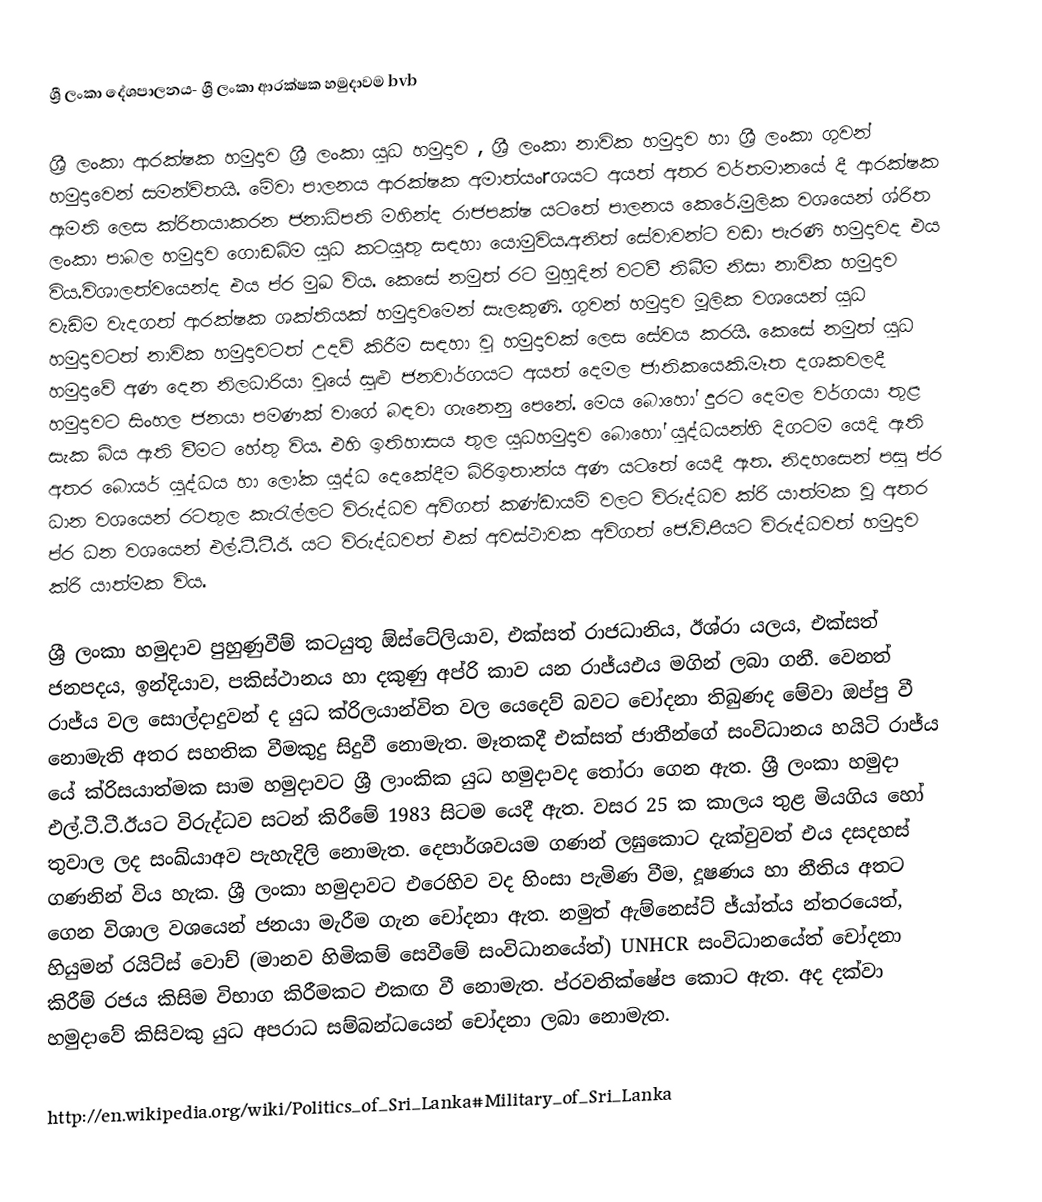
ශ්‍රී ලංකා දේශපාලනය- ශ්‍රී ලංකා ආරක්ෂක හමුදාවම bvb

ශ්‍රී ලංකා ආරක්ෂක හමුදාව ශ්‍රී ලංකා යුධ හමුදාව , ශ්‍රී ලංකා නාවික හමුදාව හා ශ්‍රී  ලංකා ගුවන් හමුදාවෙන් සමන්විතයි. මේවා පාලනය ආරක්ෂක අමාත්යංrශයට අයත් අතර වර්තමානයේ දී ආරක්ෂක ඇමති ලෙස ක්රිතයාකරන ජනාධිපති මහින්ද රාජපක්ෂ යටතේ පාලනය කෙරේ.මුලික වශයෙන් ශ්රිත ලංකා පාබල හමුදාව ගොඩබිම යුධ කටයුතු සඳහා යොමුවිය.අනිත් සේවාවන්ට වඩා පැරණි හමුදාවද එය විය.විශාලත්වයෙන්ද එය ප්ර මුඛ විය. කෙසේ නමුත් රට මුහුදින් වටවී තිබීම නිසා නාවික හමුදාව වැඩිම වැදගත් ආරක්ෂක ශක්තියක් හමුදාවමෙන්  සැලකුණි. ගුවන් හමුදාව මූලික වශයෙන් යුධ හමුදාවටත් නාවික හමුදාවටත් උදව් කිරීම සඳහා වු හමුදාවක් ලෙස සේවය කරයි. කෙසේ නමුත් යුධ හමුදාවේ අණ දෙන නිලධාරියා වුයේ සුළු ජනවාර්ගයට අයත් දෙමල ජාතිකයෙකි.මෑත දශකවලදී හමුදාවට සිංහල ජනයා පමණක් වාගේ බඳවා ගැනෙනු පෙනේ. මෙය බොහෝ දුරට දෙමල වර්ගයා තුළ සැක බිය ඇති වීමට හේතු විය. එහි ඉතිහාසය තුල  යුධහමුදාව බොහෝ යුද්ධයන්හි දිගටම යෙදි ඇති අතර බොයර් යුද්ධය හා ලෝක යුද්ධ දෙකේදීම බ්රිඉතාන්ය  අණ යටතේ යෙදී ඇත. නිදහසෙන් පසු ප්ර ධාන වශයෙන් රටතුල කැරැල්ලට විරුද්ධව අවිගත් කණ්ඩායම් වලට විරුද්ධව ක්රි යාත්මක වූ අතර ප්ර ධන වශයෙන් එල්.ටී.ටී.ඊ. යට විරුද්ධවත් එක් අවස්ථාවක අවිගත් ජෙ.වි.පීයට විරුද්ධවත් හමුදාව ක්රි යාත්මක විය.

ශ්‍රී  ලංකා හමුදාව පුහුණුවීම් කටයුතු ඕස්ටේලියාව, එක්සත් රාජධානිය, ඊශ්රා යලය, එක්සත් ජනපදය, ඉන්දියාව, පකිස්ථානය හා දකුණු අප්රි කාව යන රාජ්යඑය මගින් ලබා ගනී. වෙනත් රාජ්ය වල සොල්දාදුවන් ද යුධ ක්රිලයාන්විත වල යෙදෙව් බවට චෝදනා තිබුණද මේවා ඔප්පු වී නොමැති අතර සහතික වීමකුදු සිදුවී නොමැත. මෑතකදී එක්සත් ජාතීන්ගේ සංවිධානය හයිටි රාජ්ය යේ ක්රිසයාත්මක සාම හමුදාවට ශ්‍රී  ලාංකික යුධ හමුදාවද තෝරා ගෙන ඇත. ශ්‍රී  ලංකා හමුදා එල්.ටී.ටී.ඊයට විරුද්ධව සටන් කිරීමේ 1983 සිටම යෙදී ඇත. වසර 25 ක කාලය තුළ මියගිය හෝ තුවාල ලද සංඛ්යාඅව පැහැදිලි  නොමැත. දෙපාර්ශවයම ගණන් ලඝුකොට දැක්වුවත් එය දසදහස් ගණනින් විය හැක. ශ්‍රී   ලංකා හමුදාවට එරෙහිව වද හිංසා පැමිණ වීම, දූෂණය හා නීතිය අතට ගෙන විශාල වශයෙන් ජනයා මැරීම ගැන චෝදනා ඇත. නමුත් ඇම්නෙස්ට් ජ්යා්ත්ය න්තරයෙත්, හියුමන් රයිට්ස් වොච් (මානව හිමිකම් සෙවීමේ සංවිධානයේත්) UNHCR සංවිධානයේත් චෝදනා කිරීම් රජය කිසිම විභාග කිරීමකට එකඟ වී නොමැත. ප්රවතික්ෂේප කොට ඇත. අද දක්වා හමුදාවේ කිසිවකු යුධ අපරාධ සම්බන්ධයෙන් චෝදනා ලබා නොමැත.

http://en.wikipedia.org/wiki/Politics_of_Sri_Lanka#Military_of_Sri_Lanka